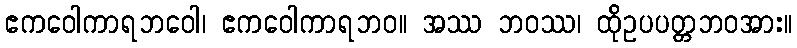
ဧကဝေါကာရဘဝေါ၊ ဧကဝေါကာရဘဝ။ အဿ ဘဝဿ၊ ထိုဥပပတ္တဘဝအား။